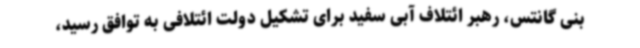
بنی گانتس، رهبر ائتلاف آبی سفید برای تشکیل دولت ائتلافی به توافق رسید،